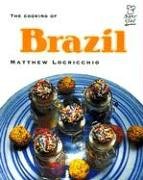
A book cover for The Cooking of Brazil (Superchef); Matthew Locricchio; Teen & Young Adult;